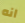
انه